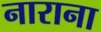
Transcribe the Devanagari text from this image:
नाराना